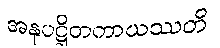
အနုပဋ္ဌိတကာယဿတိ